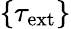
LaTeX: \{ \tau_{\mathrm{ext}}\}